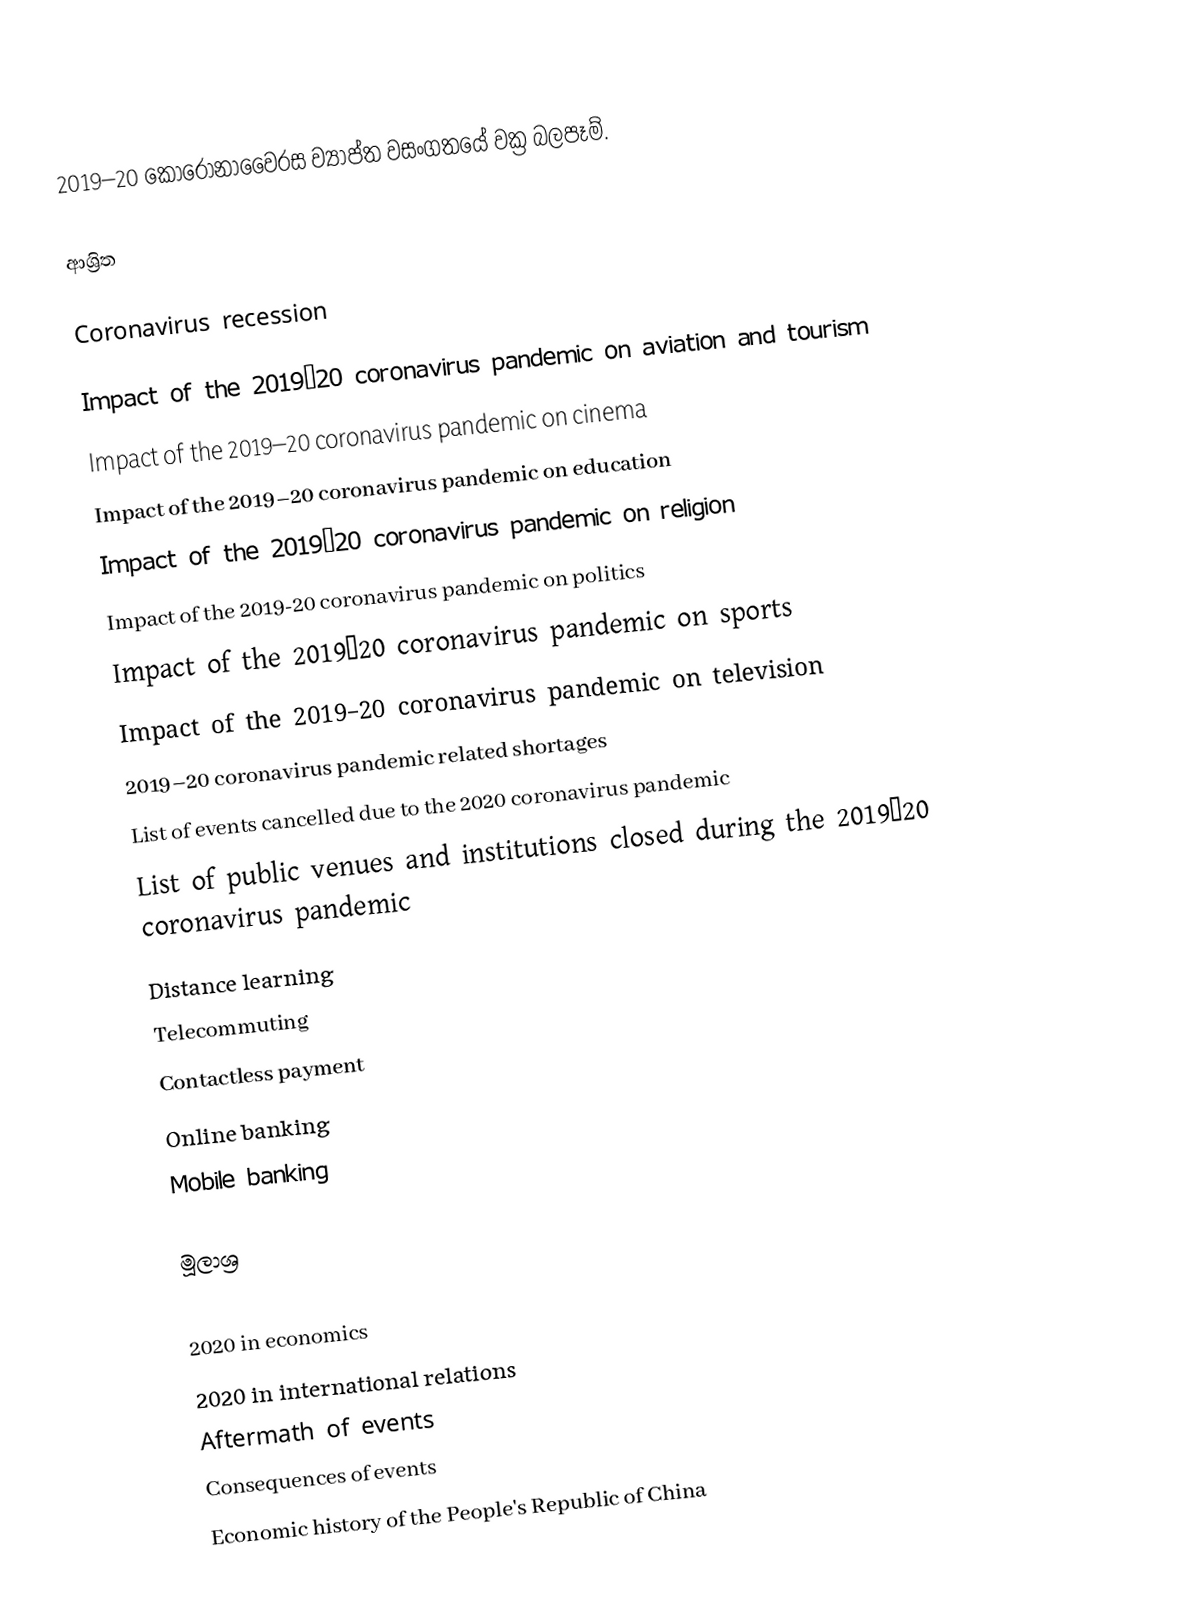
2019–20 කොරෝනාවෛරස ව්‍යාප්ත වසංගතයේ වක්‍ර බලපෑම්.

ආශ්‍රිත

 Coronavirus recession

Impact of the 2019–20 coronavirus pandemic on aviation and tourism
Impact of the 2019–20 coronavirus pandemic on cinema
Impact of the 2019–20 coronavirus pandemic on education
Impact of the 2019–20 coronavirus pandemic on religion
Impact of the 2019-20 coronavirus pandemic on politics
Impact of the 2019–20 coronavirus pandemic on sports
Impact of the 2019–20 coronavirus pandemic on television
 2019–20 coronavirus pandemic related shortages
List of events cancelled due to the 2020 coronavirus pandemic
List of public venues and institutions closed during the 2019–20 coronavirus pandemic
Distance learning
Telecommuting
Contactless payment
Online banking
Mobile banking

මූලාශ්‍ර

2020 in economics
2020 in international relations
Aftermath of events
Consequences of events
Economic history of the People's Republic of China